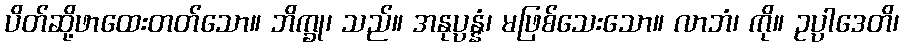
ပိတ်ဆို့ဖာထေးတတ်သော။ ဘိက္ခု၊ သည်။ အနုပ္ပန္နံ၊ မဖြစ်သေးသော။ လာဘံ၊ ကို။ ဥပ္ပါဒေတိ၊